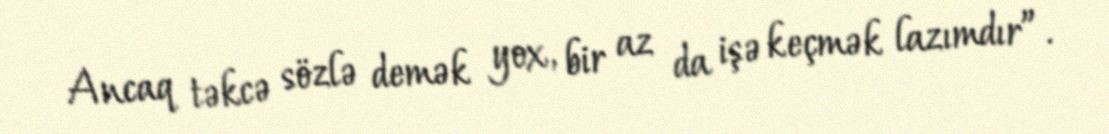
Ancaq təkcə sözlə demək yox, bir az da işə keçmək lazımdır”.